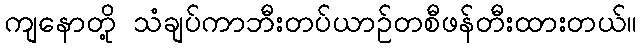
ကျနောတို့ သံချပ်ကာဘီးတပ်ယာဉ်တစီဖန်တီးထားတယ်။